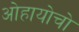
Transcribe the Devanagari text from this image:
ओहायोचो